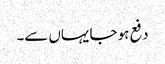
دفع ہو جا یہاں سے۔